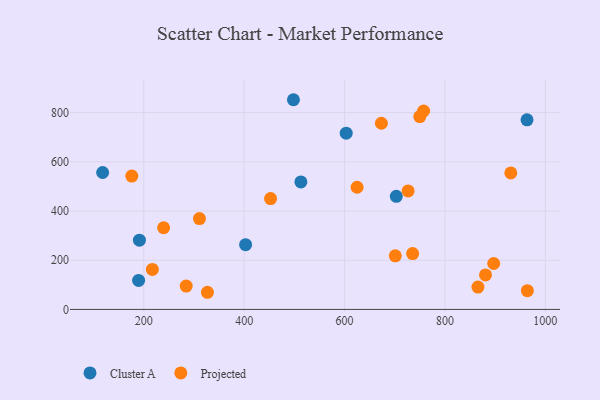
{"axis": {"x": "Ad Spend", "y": "Fuel Efficiency"}, "legend": ["Cluster A", "Projected"], "data": [{"x": "513.0", "y": 518.1, "type": "Cluster A"}, {"x": "963.5", "y": 770.6, "type": "Cluster A"}, {"x": "498.2", "y": 852.3, "type": "Cluster A"}, {"x": "703.1", "y": 459.5, "type": "Cluster A"}, {"x": "603.3", "y": 716.3, "type": "Cluster A"}, {"x": "189.8", "y": 117.9, "type": "Cluster A"}, {"x": "402.9", "y": 263.1, "type": "Cluster A"}, {"x": "191.4", "y": 281.5, "type": "Cluster A"}, {"x": "118.1", "y": 556.5, "type": "Cluster A"}, {"x": "880.8", "y": 140.1, "type": "Projected"}, {"x": "865.7", "y": 90.7, "type": "Projected"}, {"x": "931.2", "y": 554.9, "type": "Projected"}, {"x": "726.6", "y": 481.8, "type": "Projected"}, {"x": "673.4", "y": 756.6, "type": "Projected"}, {"x": "749.9", "y": 783.8, "type": "Projected"}, {"x": "217.2", "y": 162.5, "type": "Projected"}, {"x": "625.0", "y": 496.6, "type": "Projected"}, {"x": "176.2", "y": 541.8, "type": "Projected"}, {"x": "326.9", "y": 69.7, "type": "Projected"}, {"x": "311.0", "y": 369.2, "type": "Projected"}, {"x": "964.2", "y": 76.2, "type": "Projected"}, {"x": "897.1", "y": 186.7, "type": "Projected"}, {"x": "452.6", "y": 450.5, "type": "Projected"}, {"x": "735.6", "y": 227.1, "type": "Projected"}, {"x": "701.1", "y": 217.8, "type": "Projected"}, {"x": "239.6", "y": 332.0, "type": "Projected"}, {"x": "284.6", "y": 94.9, "type": "Projected"}, {"x": "757.4", "y": 806.4, "type": "Projected"}]}